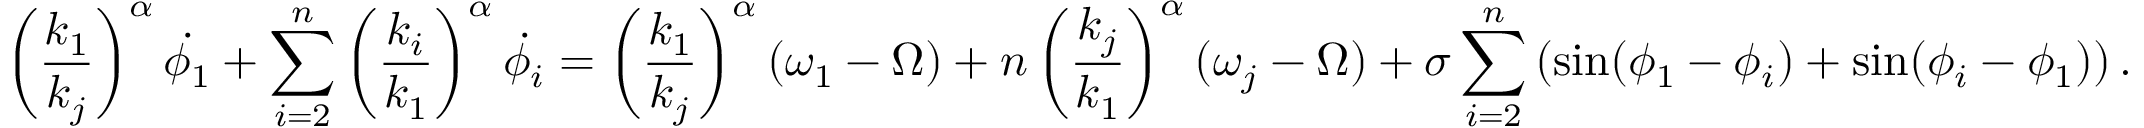
\left( \frac { k _ { 1 } } { k _ { j } } \right) ^ { \alpha } \dot { \phi _ { 1 } } + \sum _ { i = 2 } ^ { n } \left( \frac { k _ { i } } { k _ { 1 } } \right) ^ { \alpha } \dot { \phi _ { i } } = \left( \frac { k _ { 1 } } { k _ { j } } \right) ^ { \alpha } ( \omega _ { 1 } - \Omega ) + n \left( \frac { k _ { j } } { k _ { 1 } } \right) ^ { \alpha } ( \omega _ { j } - \Omega ) + \sigma \sum _ { i = 2 } ^ { n } \left( \sin ( \phi _ { 1 } - \phi _ { i } ) + \sin ( \phi _ { i } - \phi _ { 1 } ) \right) .